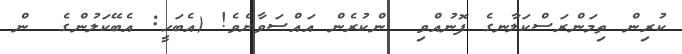
ކުރިން ތިމަންރަސްކަލާނގެ ފޮނުއްވި  ންކުރެން އައްސަވާށެވެ! (އެބަހީ: އެބޭކަލުންގެ  ން